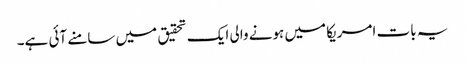
یہ بات امریکا میں ہونے والی ایک تحقیق میں سامنے آئی ہے۔